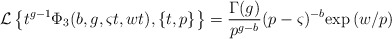
\begin{align*}\mathcal{L}\left\{t^{g-1}\Phi _3(b,g,\varsigma t,wt),\left\{t,p\right\}\right\}=\frac{\Gamma (g)}{p^{g-b}}(p-\varsigma)^{-b}\mathrm{exp}\left(w/p\right)\end{align*}